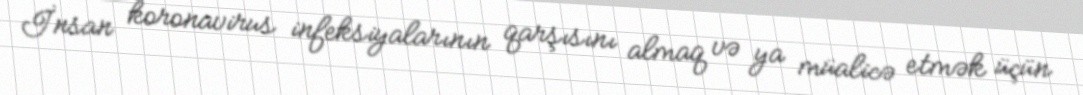
İnsan koronavirus infeksiyalarının qarşısını almaq və ya müalicə etmək üçün